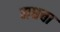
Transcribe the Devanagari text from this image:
मधचा